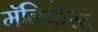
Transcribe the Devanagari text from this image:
मॅनिफेस्ट